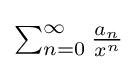
{\textstyle \sum _{n=0}^{\infty }{\frac {a_{n}}{x^{n}}}}